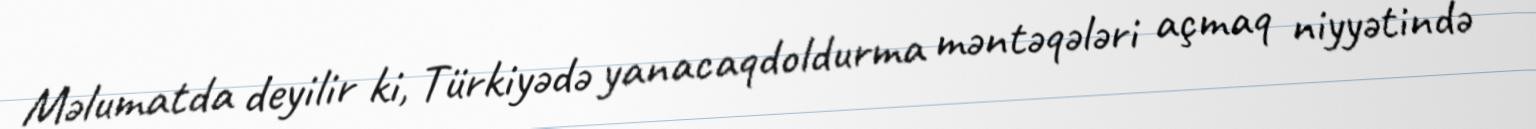
Məlumatda deyilir ki, Türkiyədə yanacaqdoldurma məntəqələri açmaq niyyətində